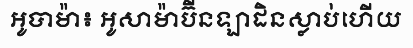
អូបាម៉ា៖ អូសាម៉ាប៊ីនឡាដិនស្លាប់ហើយ